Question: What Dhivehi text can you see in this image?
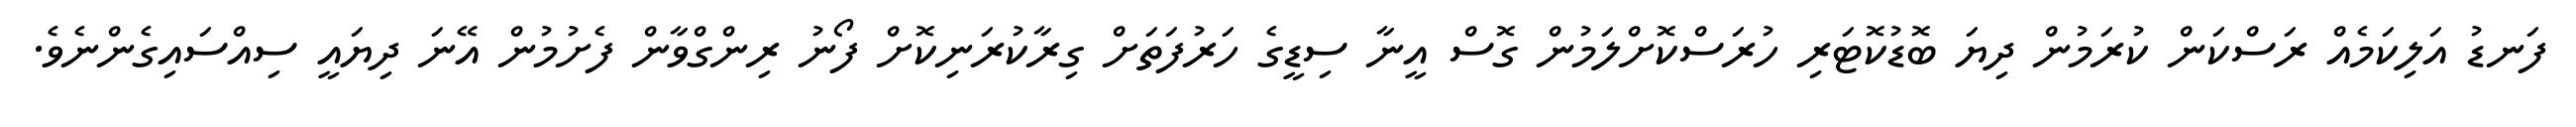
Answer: ފަނޑު އަލިކަމެއް ރަސްކަން ކުރަމުން ދިޔަ ބޮޑުކޮޓަރި ހުރަސްކޮށްލަމުން ގޮސް އީނާ ސިޑީގެ ހަރުފަތަށް ގިރާކުރަނިކޮށް ފޯނު ރިންގްވާން ފެށުމުން އޭނަ ދިޔައީ ސިއްސައިގެންނެވެ.